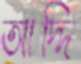
আদ্দি